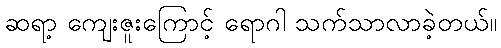
ဆရာ့ ကျေးဇူးကြောင့် ရောဂါ သက်သာလာခဲ့တယ်။